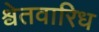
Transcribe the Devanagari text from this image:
श्वेतवारिध